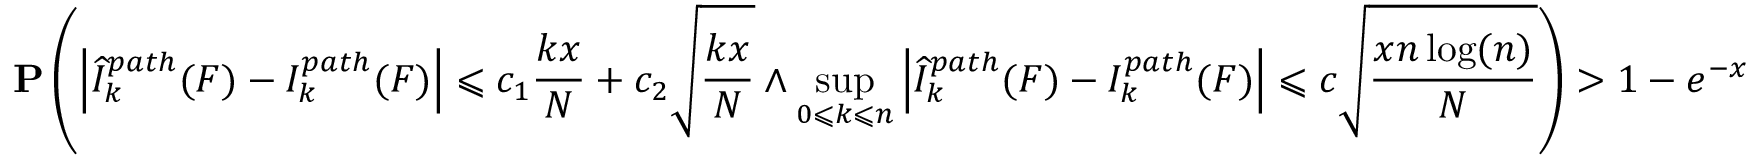
\mathbf { P } \left( \left| { \widehat { I } } _ { k } ^ { p a t h } ( F ) - I _ { k } ^ { p a t h } ( F ) \right| \leqslant c _ { 1 } { \frac { k x } { N } } + c _ { 2 } { \sqrt { \frac { k x } { N } } } \land \operatorname* { s u p } _ { 0 \leqslant k \leqslant n } \left| { \widehat { I } } _ { k } ^ { p a t h } ( F ) - I _ { k } ^ { p a t h } ( F ) \right| \leqslant c { \sqrt { \frac { x n \log ( n ) } { N } } } \right) > 1 - e ^ { - x }